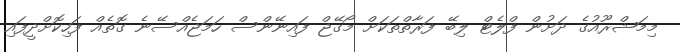
މިމަޝްރޫއުގެ ދަށުން ފްލެޓް ލިބޭ ފަރާތްތަކަށް މޯގޭޖް ފައިނޭންސް ހަމަޖެއްސޭނެ ގޮތެއް ފަހިކޮށްދީފައި